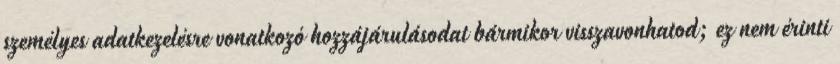
személyes adatkezelésre vonatkozó hozzájárulásodat bármikor visszavonhatod; ez nem érinti